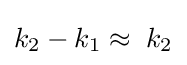
k_{2}-k_{1}\approx \;k_{2}